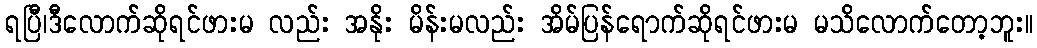
ရပြီ၊ဒီလောက်ဆိုရင်ဖားမ လည်း အနိုး မိန်းမလည်း အိမ်ပြန်ရောက်ဆိုရင်ဖားမ မသိလောက်တော့ဘူး။